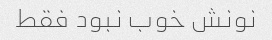
نونش خوب نبود فقط